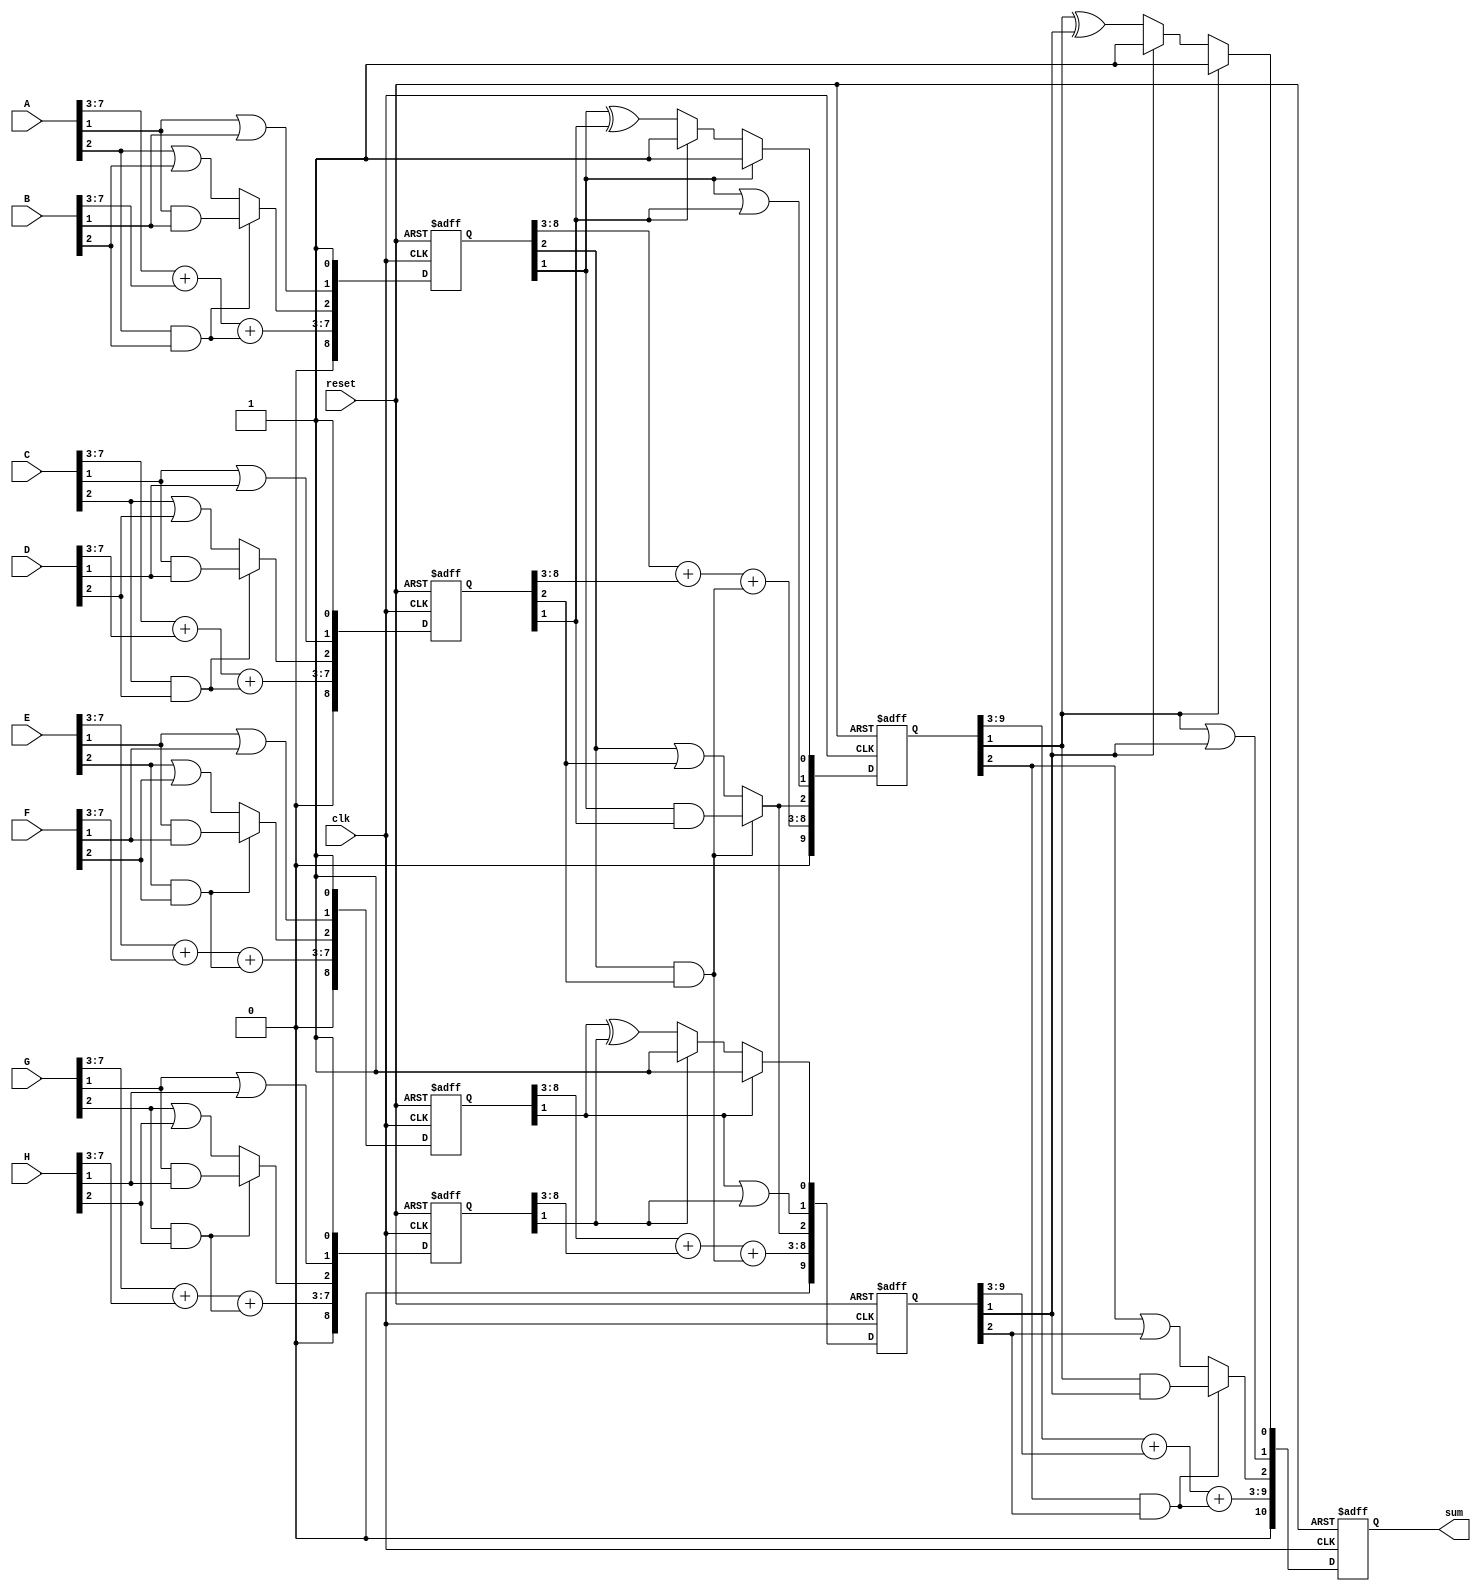
`timescale 1ns / 1ps
//////////////////////////////////////////////////////////////////////////////////
// Company: 
// Engineer: 
// 
// Design Name: 
// Module Name: adder_D1
// Project Name: 
// Target Devices: 
// Tool Versions: 
// Description: 
// 
// Dependencies: 
// 
// Revision:
// Revision 0.01 - File Created
// Additional Comments:
// 
//////////////////////////////////////////////////////////////////////////////////


module adder_D1(
input wire [7:0] A,B,C,D,E,F,G,H,
input wire clk,reset,
output wire [10:0]sum );
  reg [8:0] s1_reg,s1_next,s2_reg,s2_next,s3_reg,s3_next,s4_reg,s4_next;
  reg [9:0] s5_reg,s5_next,s6_reg,s6_next;
  reg [10:0] f1_reg,f1_next;
always@(posedge clk,posedge reset)
if(reset)
begin
s1_reg<=0;
s2_reg<=0;
s3_reg<=0;
s4_reg<=0;
s5_reg<=0;
s6_reg<=0;
f1_reg<=0;
end
else
begin
s1_reg<=s1_next;
s2_reg<=s2_next;
s3_reg<=s3_next;
s4_reg<=s4_next;
s5_reg<=s5_next;
s6_reg<=s6_next;
f1_reg<=f1_next;
end

reg [7:0]c ;
reg [6:0]mux0;
reg [6:0]mux1;
reg [6:0]sel;





always@*
begin
s1_next = s1_reg;
s2_next = s2_reg;
s3_next = s3_reg;
s4_next = s4_reg;
s5_next = s5_reg;
s6_next = s6_reg;
f1_next = f1_reg;


mux1[0]=A[1]&B[1];
mux0[0]=A[2]|B[2];
sel[0]=A[2]&B[2];
c[0]=sel[0]? mux1[0]:mux0[0];
s1_next = {(A[7:3]+B[7:3]+sel[0]),c[0],(A[1]|B[1]),1'b1};

mux1[1]=C[1]&D[1];
mux0[1]=C[2]|D[2];
sel[1]=C[2]&D[2];
c[1]=sel[1]? mux1[1]:mux0[1];
s2_next = {C[7:3]+D[7:3]+sel[1],c[1],(C[1]|D[1]),1'b1};



mux1[2]=E[1]&F[1];
mux0[2]=E[2]|F[2];
sel[2]=E[2]&F[2];
c[2]=sel[2]? mux1[2]:mux0[2];
s3_next = {E[7:3]+F[7:3]+sel[2],c[2],(E[1]|F[1]),1'b1};

mux1[3]=G[1]&H[1];
mux0[3]=G[2]|H[2];
sel[3]=G[2]&H[2];
c[3]=sel[3]? mux1[3]:mux0[3];
s4_next = {G[7:3]+H[7:3]+sel[3],c[3],(G[1]|H[1]),1'b1};

mux1[4]=s1_reg[1]&s2_reg[1];
mux0[4]=s1_reg[2]|s2_reg[2];
sel[4]=s1_reg[2]&s2_reg[2];
c[4]=sel[4]? mux1[4]:mux0[4];
s5_next = {s1_reg[8:3]+s2_reg[8:3]+sel[4],c[4],(s1_reg[1]|s2_reg[1]),(s1_reg[1]? s1_reg[1]:(s2_reg[1]?  s2_reg[1] : (s1_reg[1] ^ s2_reg[1])))};

mux1[5]=s1_reg[1]&s2_reg[1];
mux0[5]=s1_reg[2]|s2_reg[2];
sel[5]=s1_reg[2]&s2_reg[2];
c[5]=sel[5]? mux1[5]:mux0[5];
s6_next = {s3_reg[8:3]+s4_reg[8:3]+sel[5],c[5],(s3_reg[1]|s4_reg[1]),(s3_reg[1]? s3_reg[1]:(s4_reg[1]?  s4_reg[1] : (s3_reg[1] ^ s4_reg[1])))};

mux1[6]=s5_reg[1]&s6_reg[1];
mux0[6]=s5_reg[2]|s6_reg[2];
sel[6]=s5_reg[2]&s6_reg[2];
c[6]=sel[6]? mux1[6]:mux0[6];
f1_next = {s5_reg[9:3]+s6_reg[9:3]+sel[6],c[6],(s5_reg[1]|s6_reg[1]),(s5_reg[1]? s5_reg[1]:(s6_reg[1]?  s6_reg[1] : (s5_reg[1] ^ s6_reg[1])))};
end






assign sum = f1_reg;
endmodule